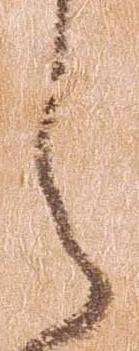
ら